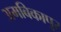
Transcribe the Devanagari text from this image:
अमबिकापुर